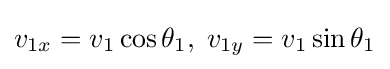
v_{1x}=v_{1}\cos \theta _{1},\;v_{1y}=v_{1}\sin \theta _{1}